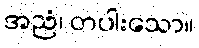
အညံ၊ တပါးသော။